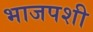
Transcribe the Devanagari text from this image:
भाजपशी